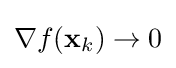
\nabla f(\mathbf {x} _{k})\rightarrow 0